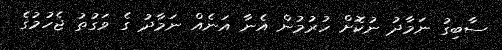
ސާބިގު ނަމާދު ނުކޮށް ހުރުމުން އެނާ އަނެއް ނަމާދު ގެ ވަގުތު ޖެހުމުގެ